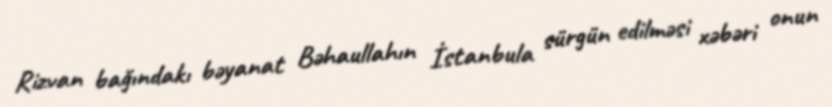
Rizvan bağındakı bəyanat Bəhaullahın İstanbula sürgün edilməsi xəbəri onun